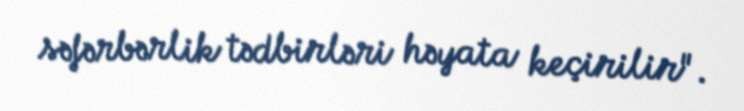
səfərbərlik tədbirləri həyata keçirilir".